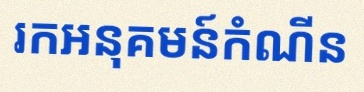
រកអនុគមន៍កំណើន